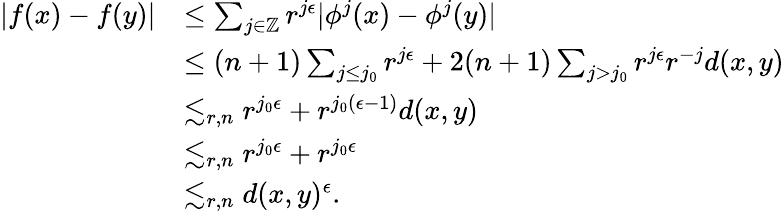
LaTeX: \begin{array}{rl}{|f(x)-f(y)|}&{\leq\sum_{j\in\mathbb{Z}}r^{j\epsilon}|\phi^{j}(x)-\phi^{j}(y)|}\\ &{\leq(n+1)\sum_{j\leq j_{0}}r^{j\epsilon}+2(n+1)\sum_{j>j_{0}}r^{j\epsilon}r^{-j}d(x,y)}\\ &{\lesssim_{r,n}r^{j_{0}\epsilon}+r^{j_{0}(\epsilon-1)}d(x,y)}\\ &{\lesssim_{r,n}r^{j_{0}\epsilon}+r^{j_{0}\epsilon}}\\ &{\lesssim_{r,n}d(x,y)^{\epsilon}.}\end{array}